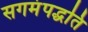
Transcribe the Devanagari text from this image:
सगमंपद्धति